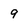
Character: 9